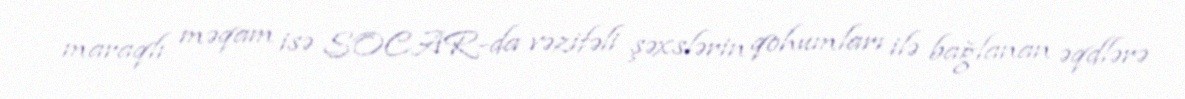
maraqlı məqam isə SOCAR-da vəzifəli şəxslərin qohumları ilə bağlanan əqdlərə